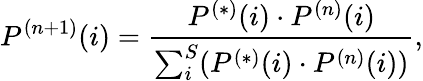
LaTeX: P^{(n+1)}(i)=\frac{P^{(*)}(i)\cdot P^{(n)}(i)}{\sum_{i}^{S}(P^{(*)}(i)\cdot P^{(n)}(i))},